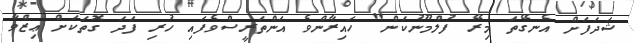
ޝަދަފަށް އެނގޭތަ މިރޭ ފުލްމޫނުކަން" ހައިރާންވެ އަންތަރީސްވެފައި ހުރި ފަދަ ގޮތަކަށް ޢިޒްވާ